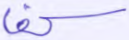
كف